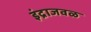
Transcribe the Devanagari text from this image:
इंद्राजवळ